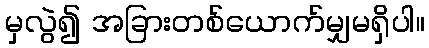
မှလွဲ၍ အခြားတစ်ယောက်မျှမရှိပါ။